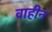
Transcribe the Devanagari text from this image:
वाहीन